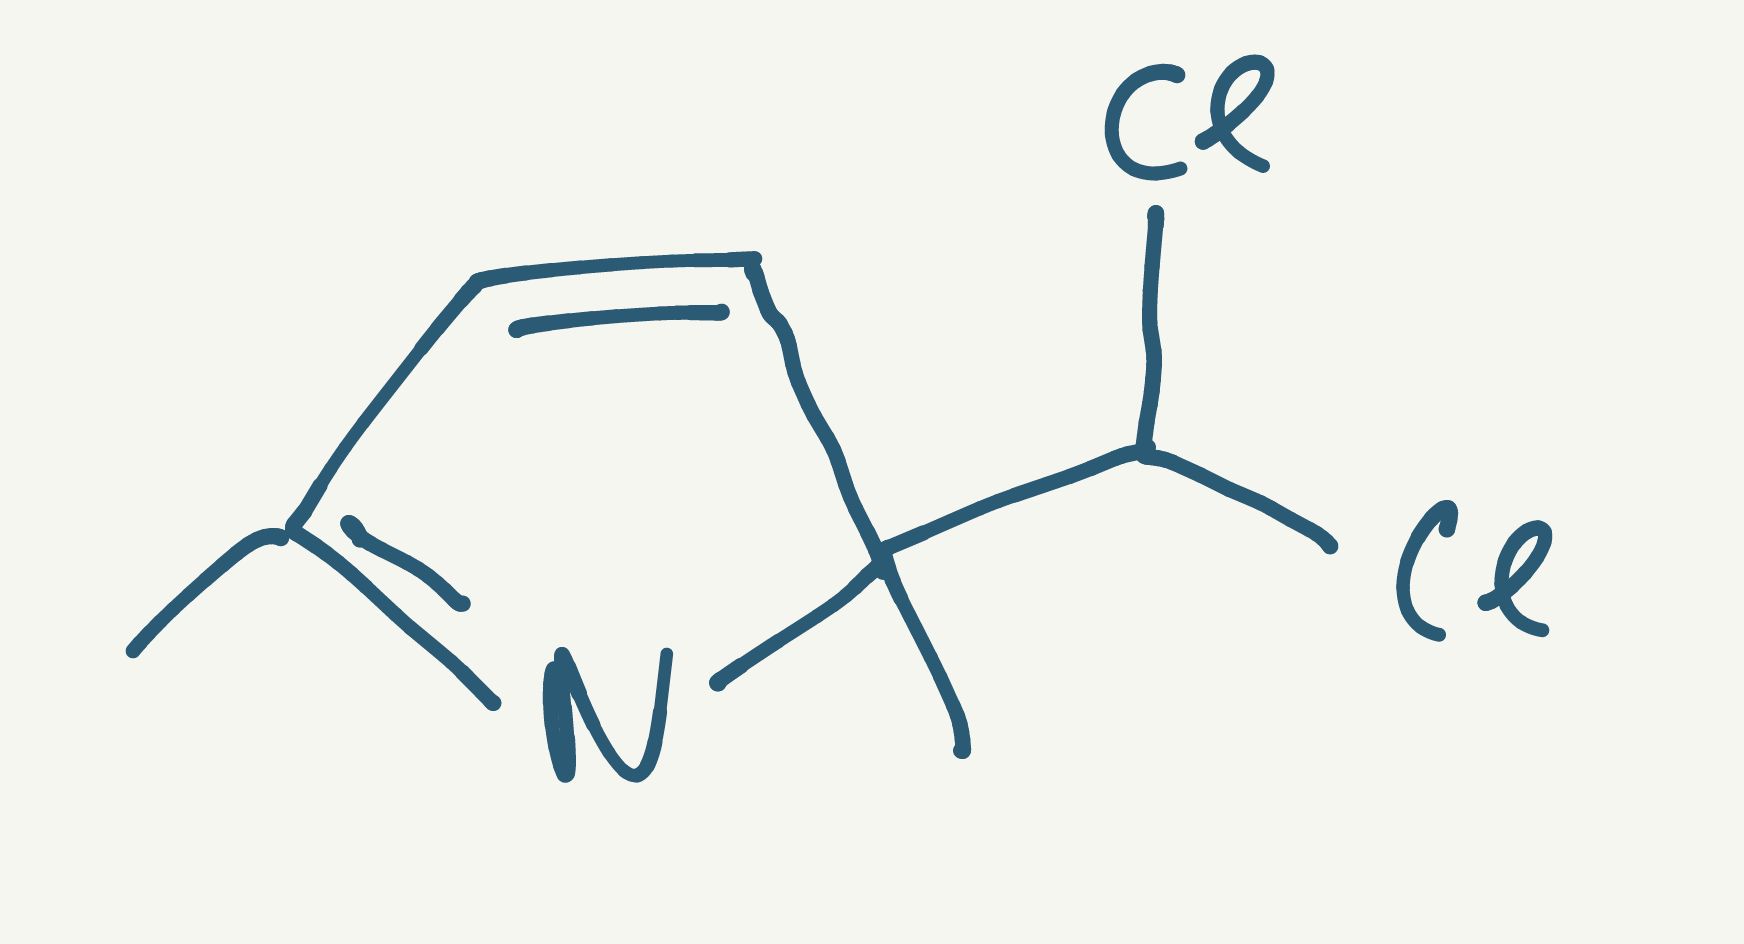
Simplified molecular-input line-entry system (SMILES) notation of the given molecule:
CC1=NC(C=C1)(C)C(Cl)Cl